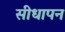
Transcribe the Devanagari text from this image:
सीधापन